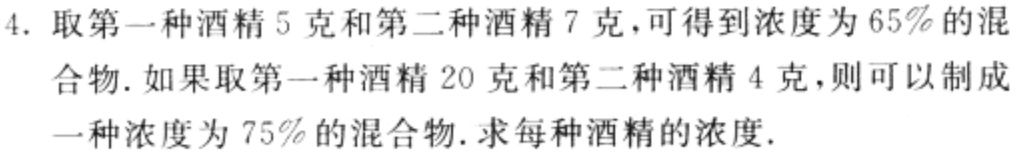
4. 取第一种酒精5克和第二种酒精7克，可得到浓度为65%的混

合物. 如果取第一种酒精20克和第二种酒精4克，则可以制成

一种浓度为75%的混合物. 求每种酒精的浓度.